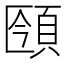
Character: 𩒥